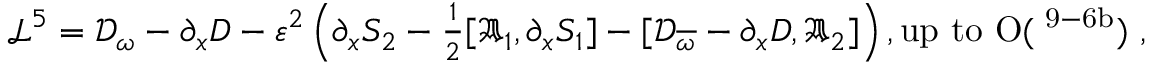
\begin{array} { r } { \mathcal { L } ^ { 5 } = \mathcal { D } _ { \omega } - \partial _ { x } D - \varepsilon ^ { 2 } \left( \partial _ { x } S _ { 2 } - \frac { 1 } { 2 } [ \mathfrak { A } _ { 1 } , \partial _ { x } S _ { 1 } ] - [ \mathcal { D } _ { \overline { { \omega } } } - \partial _ { x } D , \mathfrak { A } _ { 2 } ] \right) , \mathrm { u p ~ t o ~ O ( \varepsilon ^ { 9 - 6 b } ) ~ , } } \end{array}